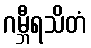
ဂမ္ဘီရသိတံ